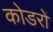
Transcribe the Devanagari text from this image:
कोडरों